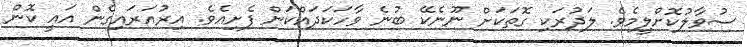
ސުވާލުކޮށްލީމެވެ. ލަދުރަކި ގޮތަކަށް ނޫނެކޭ ބުނެ ވާހަކަދައްކަން ފެށިއެވެ. އިރުއަރައިގެން އައީ ކޮން